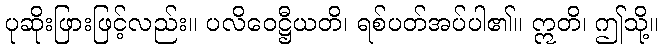
ပုဆိုးဖြားဖြင့်လည်း။ ပလိဝေဋ္ဌီယတိ၊ ရစ်ပတ်အပ်ပါ၏။ ဣတိ၊ ဤသို့။